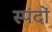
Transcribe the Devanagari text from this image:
स्‍पंदों